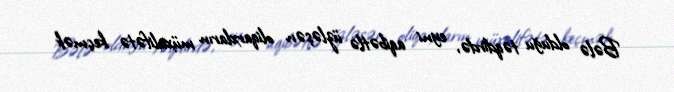
Bələ olduğu təqdirdə, eyni aqibətlə üzləşən oliqarxların müxalifətə keçmək